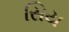
સિય